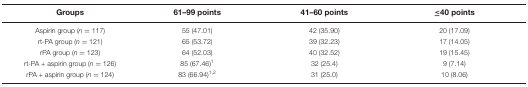
<table><thead><tr><td><b>Groups</b></td><td><b>61–99 points</b></td><td><b>41–60 points</b></td><td><b>≤40 points</b></td></tr></thead><tbody><tr><td>Aspirin group (<i>n</i> = 117)</td><td>55 (47.01)</td><td>42 (35.90)</td><td>20 (17.09)</td></tr><tr><td>rt-PA group (<i>n</i> = 121)</td><td>65 (53.72)</td><td>39 (32.23)</td><td>17 (14.05)</td></tr><tr><td>rPA group (<i>n</i> = 123)</td><td>64 (52.03)</td><td>40 (32.52)</td><td>19 (15.45)</td></tr><tr><td>rt-PA + aspirin group (<i>n</i> = 126)</td><td>85 (67.46)<sup>1</sup></td><td>32 (25.4)</td><td>9 (7.14)</td></tr><tr><td>rPA + aspirin group (<i>n</i> = 124)</td><td>83 (66.94)<sup>1,2</sup></td><td>31 (25.0)</td><td>10 (8.06)</td></tr></tbody></table>